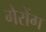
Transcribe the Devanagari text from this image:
गेरोंग